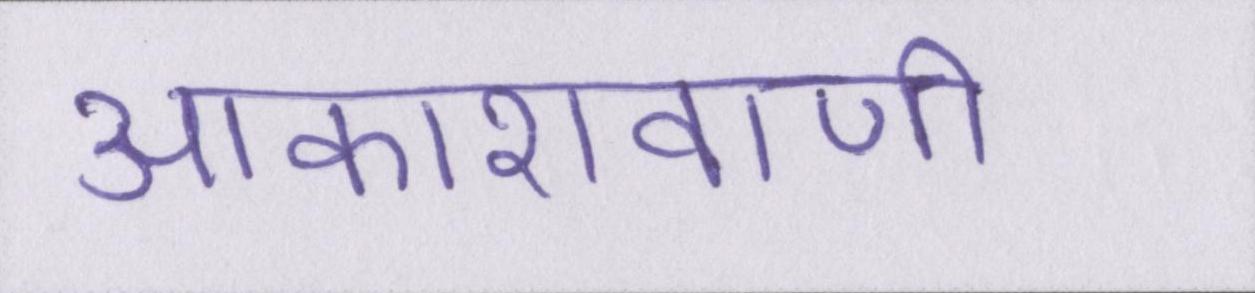
आकाशवाणी